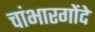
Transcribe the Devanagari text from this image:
चांभारगोंदे